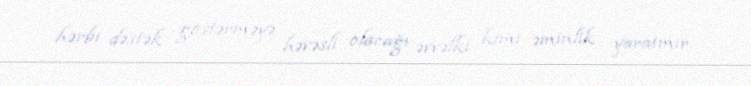
hərbi dəstək göstərməyə həvəsli olacağı əvvəlki kimi əminlik yaratmır.